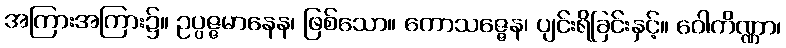
အကြားအကြား၌။ ဥပ္ပဇ္ဇမာနေန၊ ဖြစ်သော။ ကောသဇ္ဇေန၊ ပျင်းရိခြင်းနှင့်။ ဝေါကိဏ္ဏာ၊